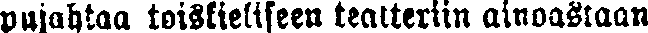
pujahtaa toiskieliseen teatteriin ainoastaan